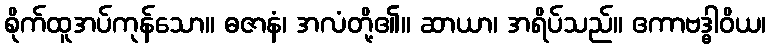
စိုက်ထူအပ်ကုန်သော။ ဓဇာနံ၊ အလံတို့၏။ ဆာယာ၊ အရိပ်သည်။ ဧကာဗဒ္ဓါဝိယ၊